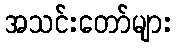
အသင်းတော်များ